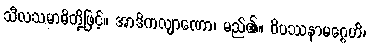
သီလသမာဓိတို့ဖြင့်။ အာဒိကလျာဏော၊ မည်၏။ ဝိပဿနာမဂ္ဂေဟိ၊